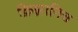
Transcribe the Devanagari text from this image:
क्रिझ़ानिच